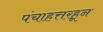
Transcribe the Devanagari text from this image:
पंचाहत्तरहून